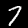
Digit: 7